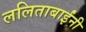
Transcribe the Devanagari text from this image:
ललिताबाईंनी